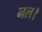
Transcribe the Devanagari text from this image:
नल।